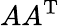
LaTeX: AA^{\mathrm{T}}